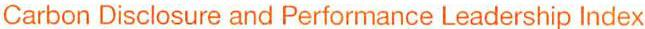
Carbon Disclosure and Performance Leadership Index